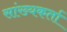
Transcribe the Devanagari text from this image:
सांख्यकर्ता